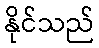
နိုင်သည်